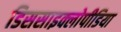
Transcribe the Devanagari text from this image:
डिससाइक्लोपीडिया